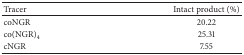
<table><thead><tr><td><b>Tracer</b></td><td><b>Intact product (%)</b></td></tr></thead><tbody><tr><td>coNGR</td><td>20.22</td></tr><tr><td>co(NGR)<sub>4</sub></td><td>25.31</td></tr><tr><td>cNGR</td><td>7.55</td></tr></tbody></table>